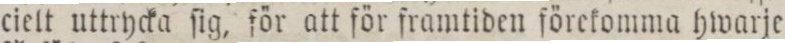
cielt uttrycka ſig, för att för framtiden förekomma hwarje